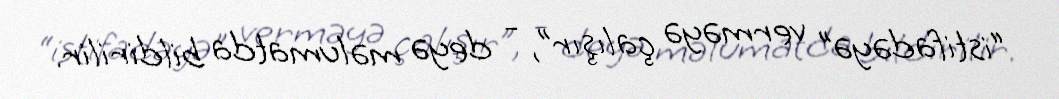
“istifadəyə” verməyə çalışır”, - deyə məlumatda bildirilir.